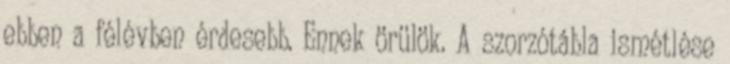
ebben a félévben érdesebb. Ennek örülök. A szorzótábla ismétlése